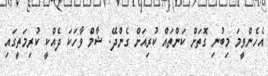
އެހެންވީމަ މިބުނި ގޮތަށް ކަންތައް ކުރިއަށް ގެންދޭ. ޝާމް ވާހަކަ ދެއްކީ ކުރިމަތީގައި